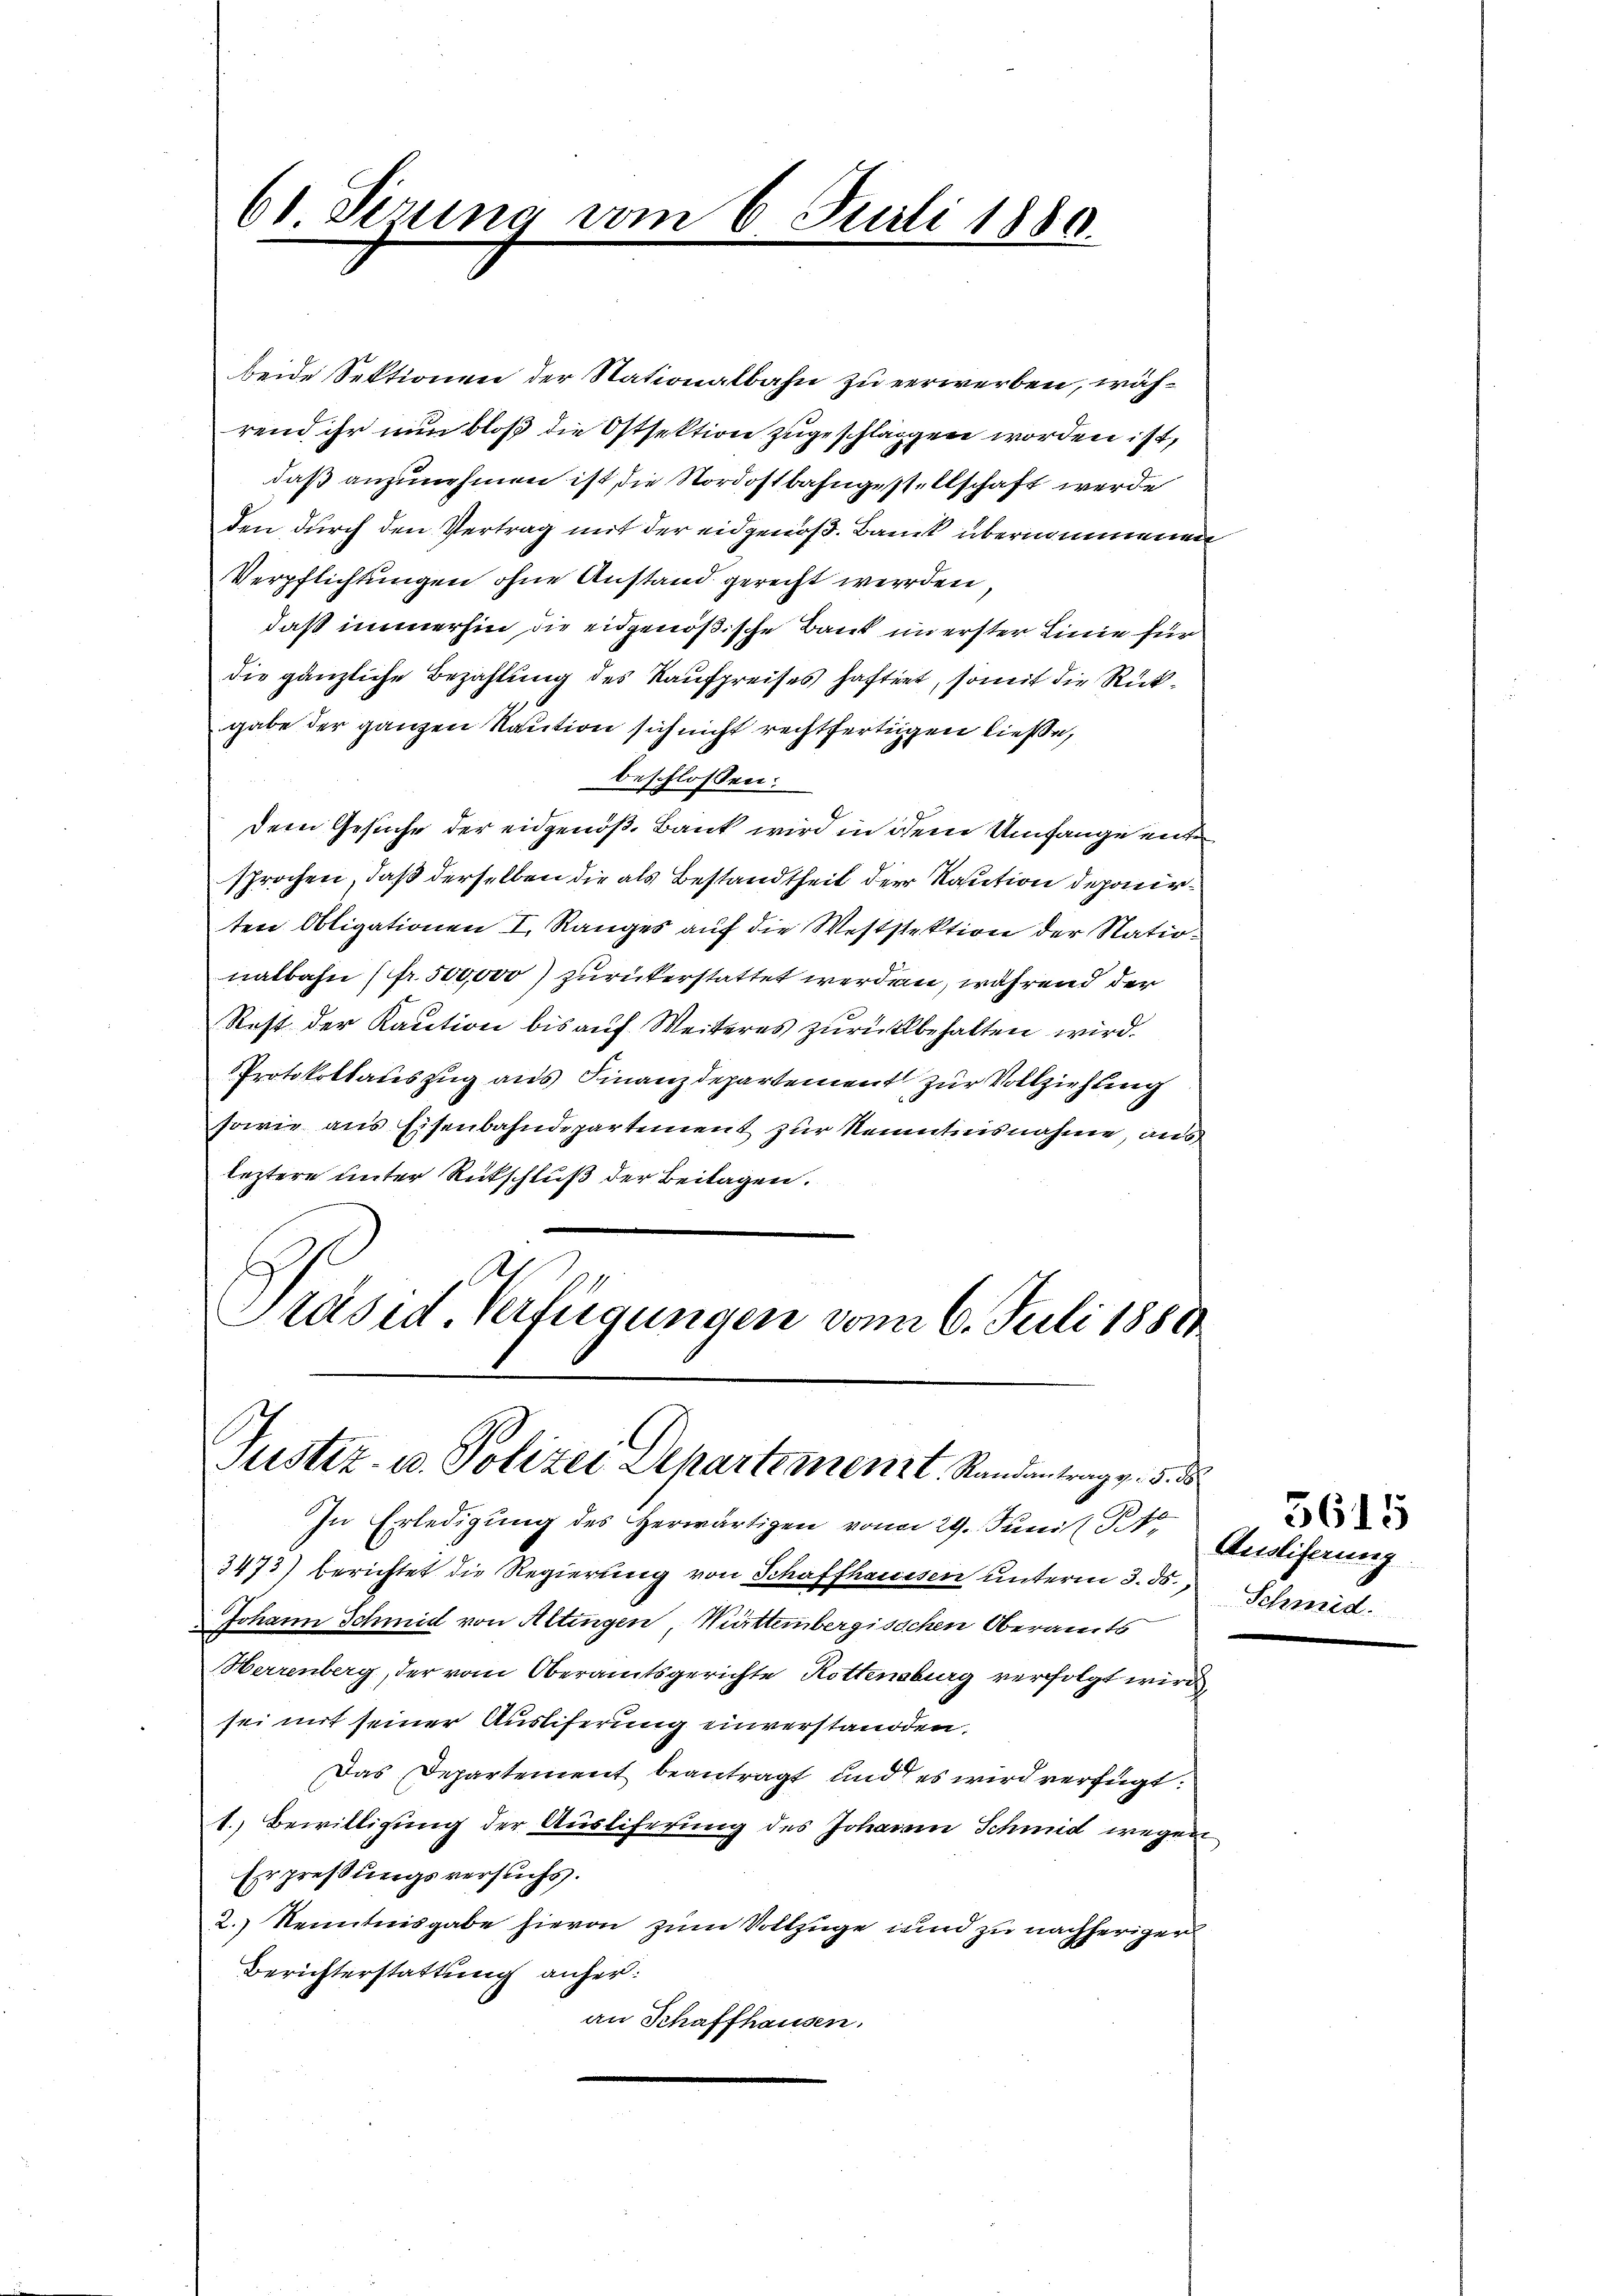
61 derung vom 6. Juli 1880.

beide Sektionen der Nationalbahn zu verwerben, während ihr nun bloß die Ostsektion zugeschlagen worden ist,
daß anzunehmen ist, die Nordostbahngestellschaft werde
den durch den Vertrag mit der eidgenöß. Bank übernommenen
Verpflichtungen ohne Anstand gerecht werden,
daß immerhin die eidgenößische Bank im erster Linie für
die gänzliche Bezahlung des Kaufpreises haftet, somit die Rückgabe der ganzen Kaution sich nicht rechtfertigen ließe,
beschlossen:
Dem Gesuche der eidgenöß. Bank wird in dem Umfange ente
sprochen, daß derselben die als Bestandtheit der Kaution deponirten Obligationen I. Ranges auf die Weststektion der Nationalbahn (fr. 500,000) zurükerstattet werden, während der
Rest der Kaution bis auf Weiteres zurückbehalten wird.
Protokolauszug aus Finanzdepartement zur Vollziehung
sowie aus Eisenbahndepartement zur Kenntnisnahme, aus
leztere unter Rückschluß der Beilagen.
As
Präsid Verfügungen vom 6. Juli 1888

Justiz- u. Polizei Departemenzt, Randantrag v. 5. d
In Erledigung des herwärtigen von 29. Juni (Tit. Auslieferung

3473) berichtet die Regierung von Schaffhaussen unterm 3. ds.
Johann Schmid von Altingen Württembergisschen Oberamts
Herrenberg, der vom Oberamtsgerichte Rottensburg verfolgt wird
sei mit seiner Ausliferung einverstandten.
Das Departement beantragt und es wird verfügt:
1. Bewilligung der Ausliferung des Johann Schmid wegen
Erpreßungsversuchs.
2.) Kenntnisgabe hievon zum Vollzuge und zu nachherigen
Berichterstattung anheran Schaffhausen.

¬

Schmid.

3615